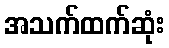
အသက်ထက်ဆုံး